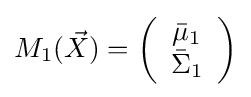
M_{1}({\vec {X}})=\left({\begin{array}{*{20}c}{{\bar {\mu }}_{1}}\\{{\bar {\Sigma }}_{1}}\\\end{array}}\right)